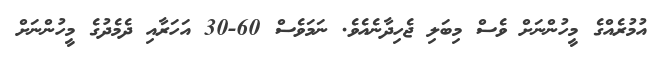
އުމުރެއްގެ މީހުންނަށް ވެސް މިބަލި ޖެހިދާނެއެވެ. ނަމަވެސް 60-30 އަހަރާއި ދެމެދުގެ މީހުންނަށް